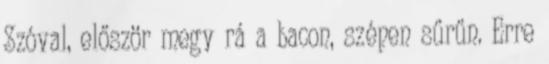
Szóval, először megy rá a bacon, szépen sűrűn. Erre